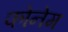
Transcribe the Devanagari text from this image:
फोनेम